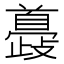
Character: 𩠮